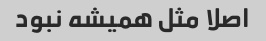
اصلا مثل همیشه نبود